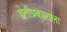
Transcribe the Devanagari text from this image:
शेतीप्रकाराला